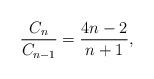
LaTeX: \begin{align*}\frac{C_{n}}{C_{n-1}}=\frac{4n-2}{n+1}, \end{align*}